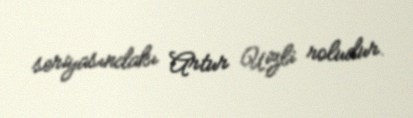
seriyasındakı Artur Uizli roludur.